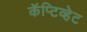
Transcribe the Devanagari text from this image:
कॅप्टिव्हेट